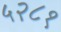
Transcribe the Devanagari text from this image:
५२८१